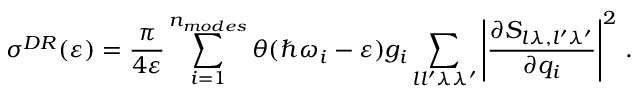
\sigma ^ { D R } ( \varepsilon ) = \frac { \pi } { 4 \varepsilon } \sum _ { i = 1 } ^ { n _ { m o d e s } } \theta ( \hbar \omega _ { i } - \varepsilon ) g _ { i } \sum _ { l l ^ { \prime } \lambda \lambda ^ { \prime } } \left\vert \frac { \partial S _ { l \lambda , l ^ { \prime } \lambda ^ { \prime } } } { \partial { q } _ { i } } \right\vert ^ { 2 } \, .